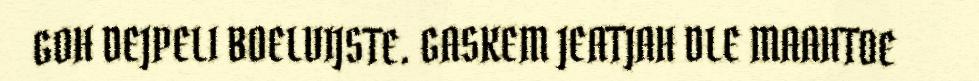
GOH DEJPELI BOELVIJSTE. GASKEM JEATJAH DLE MAAHTOE